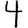
Digit: 4